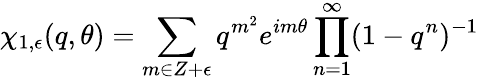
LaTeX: \chi_{1,\epsilon}(q,\theta)=\sum_{m\in Z+\epsilon}q^{m^{2}}e^{im\theta}\prod_{n=1}^{\infty}(1-q^{n})^{-1}